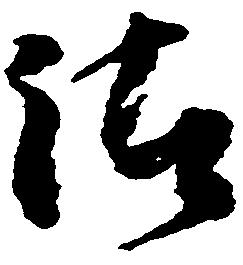
沽